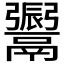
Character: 𩱜